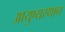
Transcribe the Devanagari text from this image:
आयुष्यस्थान